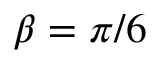
\beta = \pi / 6